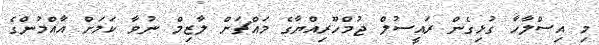
މި އިސްލާހާ ގުޅިގެން ރައީސުލް ޖުމްހޫރިއްޔާގެ މައްޗަށް ލާޒިމް ނުވާ ކަމަށް އާއްމުންގެ